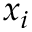
x _ { i }